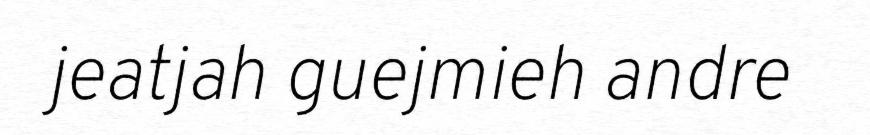
jeatjah guejmieh andre